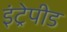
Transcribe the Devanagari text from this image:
इंट्रेपीड